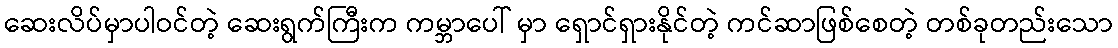
ဆေးလိပ်မှာပါဝင်တဲ့ ဆေးရွက်ကြီးက ကမ္ဘာပေါ် မှာ ရှောင်ရှားနိုင်တဲ့ ကင်ဆာဖြစ်စေတဲ့ တစ်ခုတည်းသော